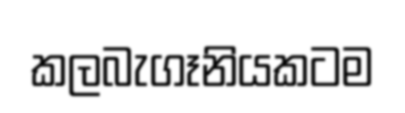
කලබැගෑනියකටම